Insane asylums Bombay 1873-77 - 1873-1877
Year: 1873
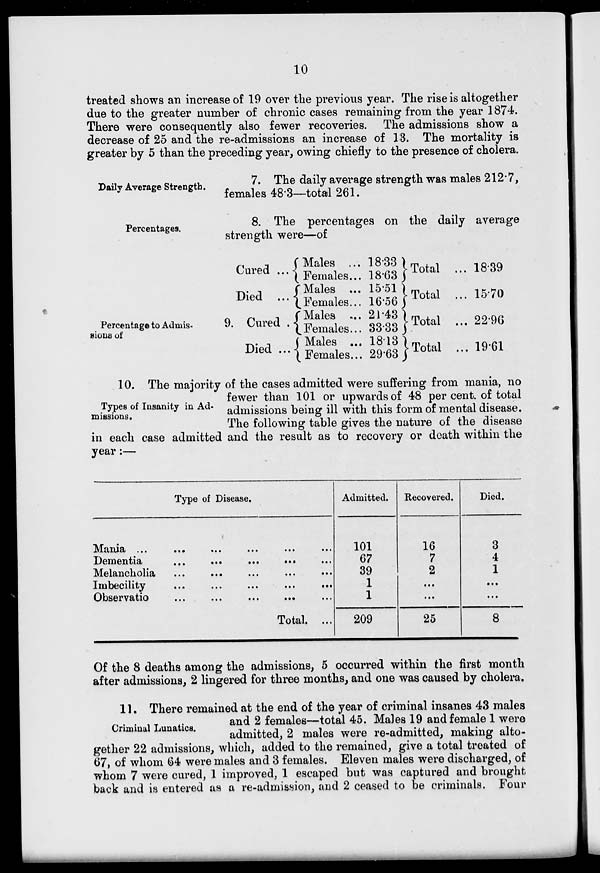
10
treated shows an increase of 19 over the previous year. The rise is altogether
due to the greater number of chronic cases remaining from the year 1874.
There were consequently also fewer recoveries. The admissions show a
decrease of 25 and the re-admissions an increase of 13. The mortality is
greater by 5 than the preceding year, owing chiefly to the presence of cholera.
Daily Average Strength.
7. The daily average strength was males 212.7,
females 48.3—total 261.
Percentages.
8. The percentages on the daily average
strength were—of
Percentage to Admis-
sions of
9.
Cured
Died ...
Cured .
Died
Males ...
Females...
Males ...
Females...
Males ...
Females...
Males ...
Females...
18.33
18.63
15.51
16.56
21.43
33.33
18.13
29.63
Total ...
Total ...
Total ...
Total ...
18.39
15.70
22.96
19.61
Types of Insanity in Ad-
missions.
10. The majority of the cases admitted were suffering from mania, no
fewer than 101 or upwards of 48 per cent. of total
admissions being ill with this form of mental disease.
The following table gives the nature of the disease
in each case admitted and the result as to recovery or death within the
year:—
Type of Disease.
Mania
...
...
...
...
...
...
Dementia
...
...
...
...
...
Melancholia ... ... ... ... ...
Imbecility
...
...
...
...
...
Observation ... ... ... ... ...
Total. ...
Admitted.
101
67
39
1
1
209
Recovered.
16
7
2
...
...
25
Died.
3
4
1
...
...
8
Of the 8 deaths among the admissions, 5 occurred within the first month
after admissions, 2 lingered for three months, and one was caused by cholera.
Criminal Lunatics.
11. There remained at the end of the year of criminal insanes 43 males
and 2 females—total 45. Males 19 and female 1 were
admitted, 2 males were re-admitted, making alto-
gether 22 admissions, which, added to the remained, give a total treated of
67, of whom 64 were males and 3 females. Eleven males were discharged, of
whom 7 were cured, 1 improved, 1 escaped but was captured and brought
back and is entered as a re-admission, and 2 ceased to be criminals. Four